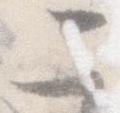
二